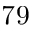
^ Ḋ 7 9 Ḍ